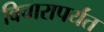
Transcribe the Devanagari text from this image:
विचारापर्यंत